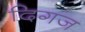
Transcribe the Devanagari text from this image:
दिगज